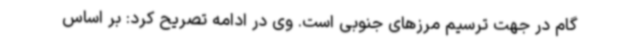
گام در جهت ترسیم مرزهای جنوبی است. وی در ادامه تصریح کرد: بر اساس